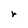
Character: r